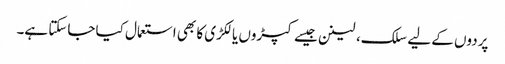
پردوں کے لیے سلک، لینن جیسے کپڑوں یا لکڑی کا بھی استعمال کیا جاسکتا ہے۔